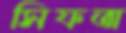
সিফতা